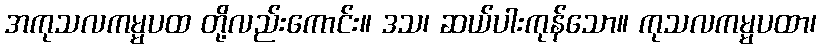
အကုသလကမ္မပထ တို့လည်းကောင်း။ ဒသ၊ ဆယ်ပါးကုန်သော။ ကုသလကမ္မပထာ၊